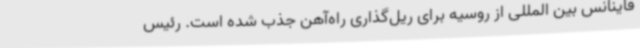
فاینانس بین المللی از روسیه برای ریل‌گذاری راه‌آهن جذب شده است. رئیس